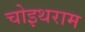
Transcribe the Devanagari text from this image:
चोइथराम